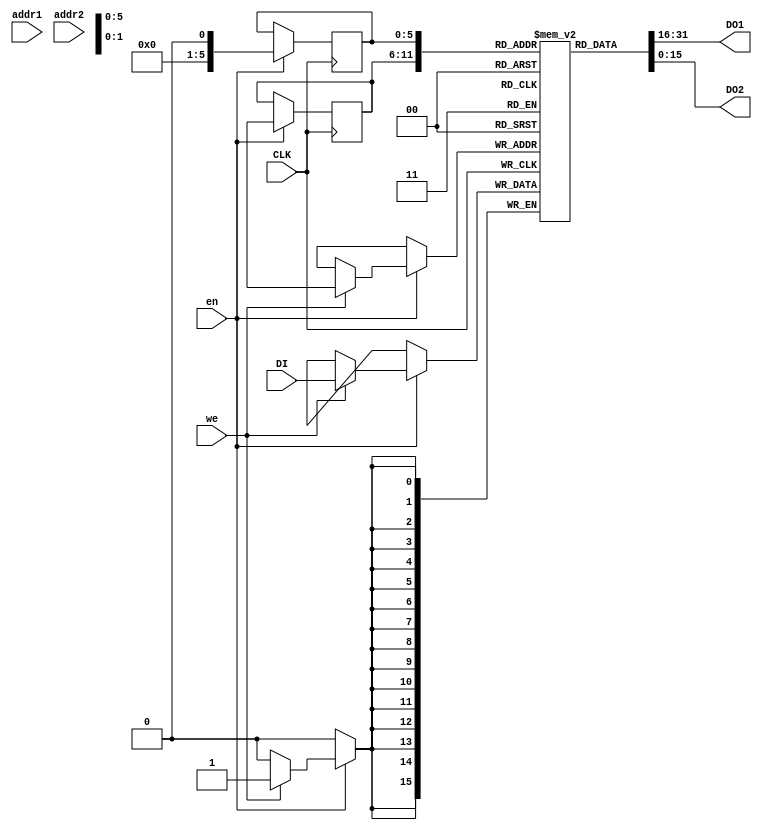
module dualPort_RAM_oneEnable(
    input CLK,
    input en,
    input we,
    input [5:0] addr1,
    input [5:0] addr2,
    input [15:0] DI,
    output [15:0] DO1,
    output [15:0] DO2
    );
	 
	 reg [15:0] RAM [63:0];
	 reg [5:0] read_add1, read_add2;
	 
	 always @ (posedge CLK) begin
		if (en) begin
			if (we)
				RAM[add1] <= DI;
			read_add1 <= add1;
			read_add2 <= add2;
		end
	 end
	 
	 assign DO1 = RAM[read_add1];
	 assign DO2 = RAM[read_add2];


endmodule